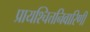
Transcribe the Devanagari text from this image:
प्रायश्चित्तनिवारिणी